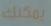
يمكنك